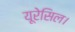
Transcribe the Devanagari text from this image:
यूरेसिल।